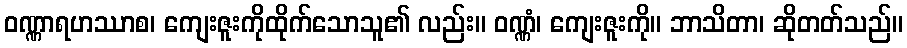
ဝဏ္ဏာရဟဿာစ၊ ကျေးဇူးကိုထိုက်သောသူ၏ လည်း။ ဝဏ္ဏံ၊ ကျေးဇူးကို။ ဘာသိတာ၊ ဆိုတတ်သည်။